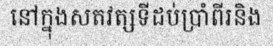
នៅក្នុងសតវត្សទីដប់ប្រាំពីរនិង